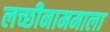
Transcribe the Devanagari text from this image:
लच्छीनाममाला